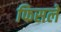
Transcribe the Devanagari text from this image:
फिसलें